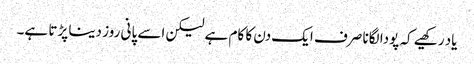
یاد رکھیے کہ پودا لگانا صرف ایک دن کا کام ہے لیکن اسے پانی روز دینا پڑتا ہے۔